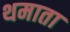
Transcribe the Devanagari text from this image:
थमाता